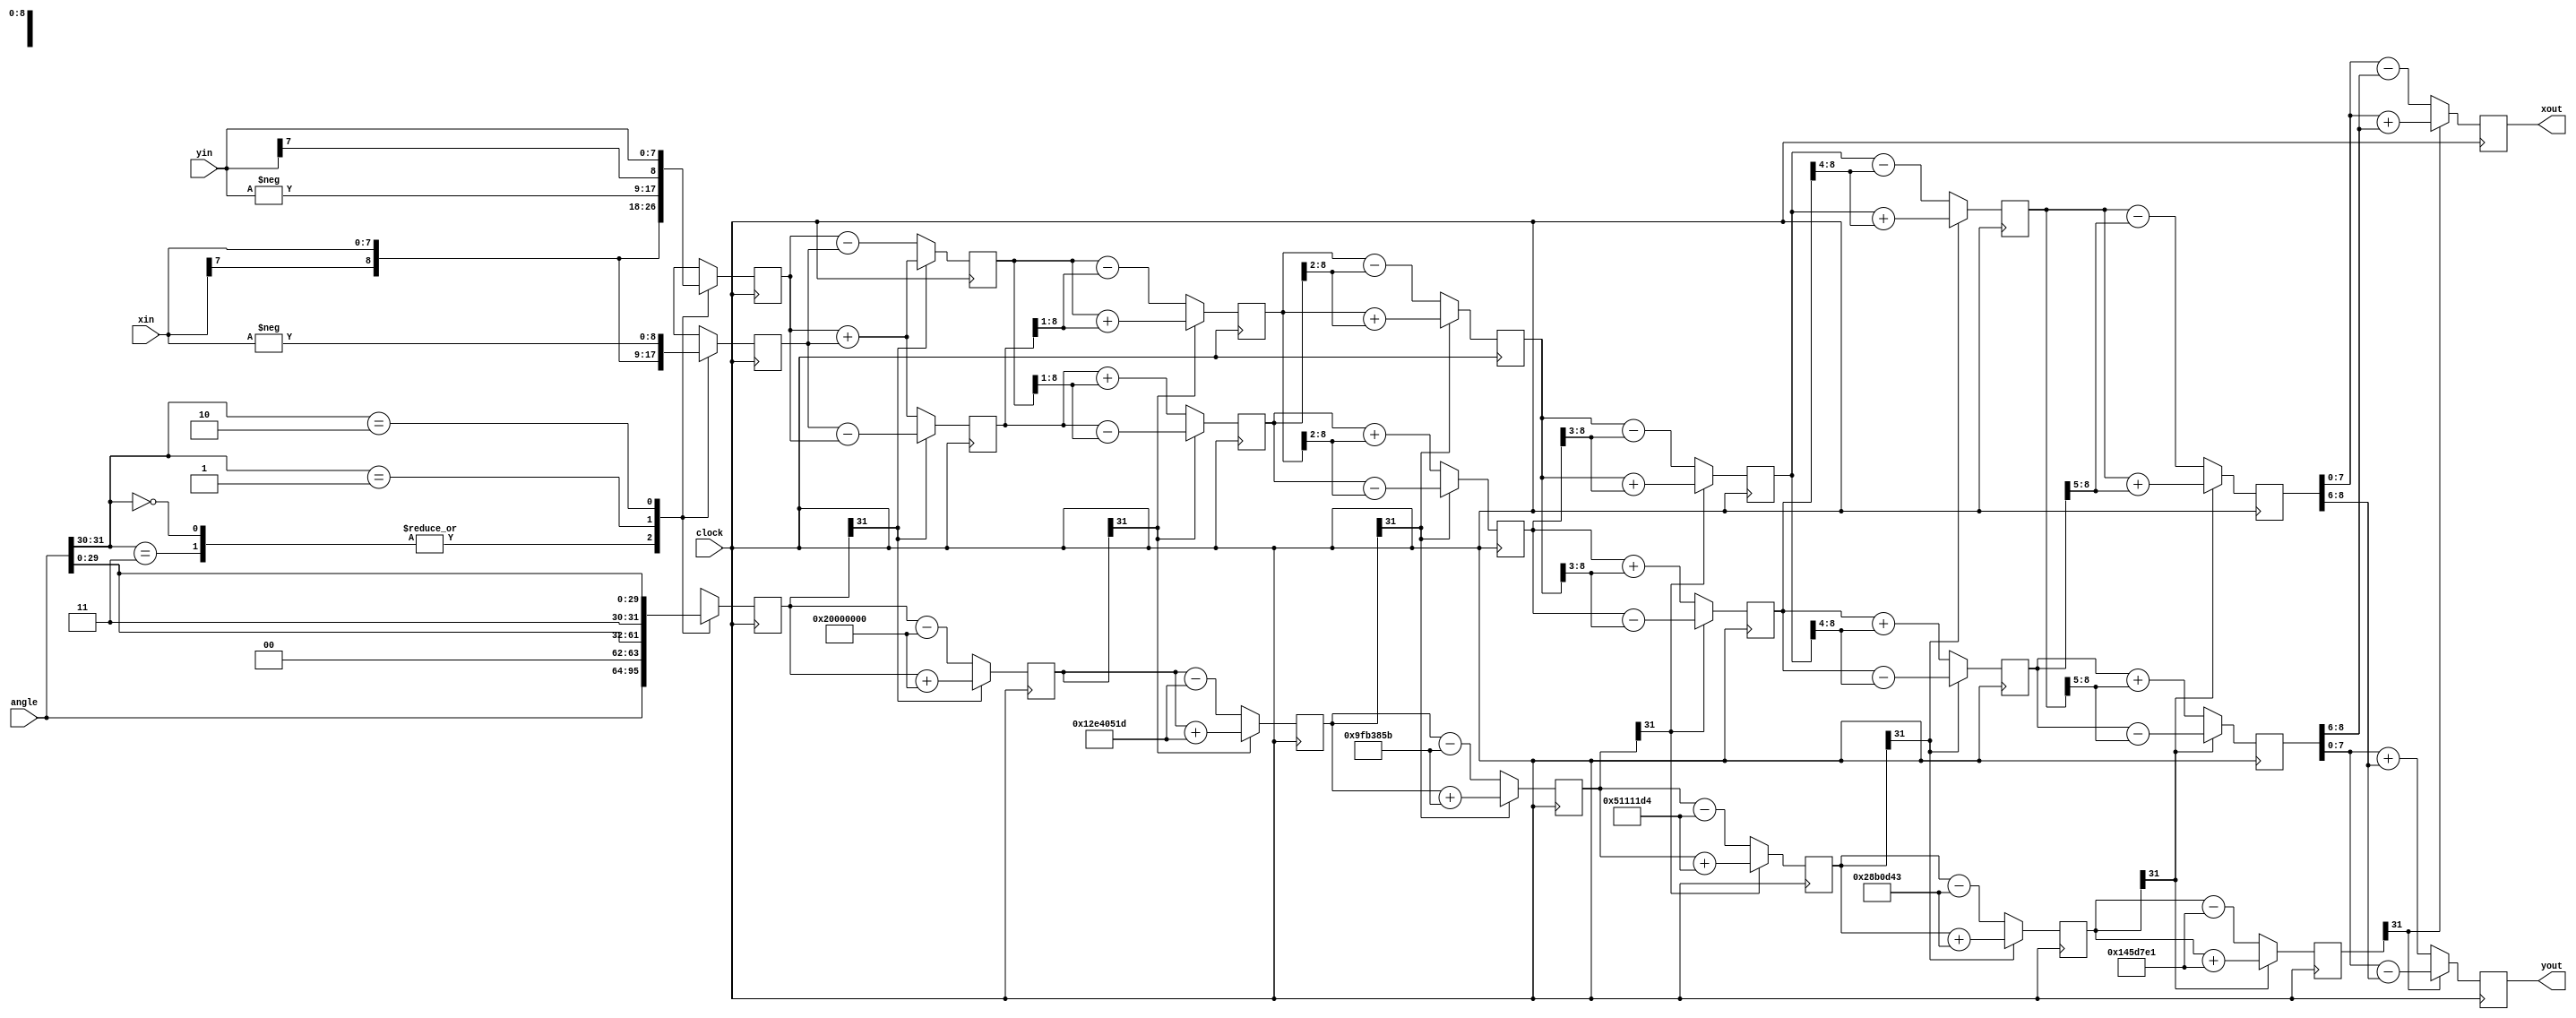
`timescale 1 ns/100 ps


module sublime(clock, angle, xin, yin, xout, yout);

parameter xy_size = 8;
localparam STG = xy_size;

input clock;
input signed [31:0] angle;
input signed [xy_size-1:0] xin;
input signed [xy_size-1:0] yin;
output signed [xy_size-1:0] xout;
output signed [xy_size-1:0] yout;


wire signed [31:0] atan_table [0:30];

	assign atan_table[00] = 32'b00100000000000000000000000000000; // 45.000 degrees -> atan(2^0)
  	assign atan_table[01] = 32'b00010010111001000000010100011101; // 26.565 degrees -> atan(2^-1)
	assign atan_table[02] = 32'b00001001111110110011100001011011; // 14.036 degrees -> atan(2^-2)
	assign atan_table[03] = 32'b00000101000100010001000111010100; // atan(2^-3)
	assign atan_table[04] = 32'b00000010100010110000110101000011;
	assign atan_table[05] = 32'b00000001010001011101011111100001;
	assign atan_table[06] = 32'b00000000101000101111011000011110;
	assign atan_table[07] = 32'b00000000010100010111110001010101;
	assign atan_table[08] = 32'b00000000001010001011111001010011;
/*	
	assign atan_table[09] = 32'b00000000000101000101111100101110;
	assign atan_table[10] = 32'b00000000000010100010111110011000;
	assign atan_table[11] = 32'b00000000000001010001011111001100;
	assign atan_table[12] = 32'b00000000000000101000101111100110;
	assign atan_table[13] = 32'b00000000000000010100010111110011;
	assign atan_table[14] = 32'b00000000000000001010001011111001;
	assign atan_table[15] = 32'b00000000000000000101000101111101;
	assign atan_table[16] = 32'b00000000000000000010100010111110;
	assign atan_table[17] = 32'b00000000000000000001010001011111;
	assign atan_table[18] = 32'b00000000000000000000101000101111;
	assign atan_table[19] = 32'b00000000000000000000010100011000;
	assign atan_table[20] = 32'b00000000000000000000001010001100;
	assign atan_table[21] = 32'b00000000000000000000000101000110;
	assign atan_table[22] = 32'b00000000000000000000000010100011;
	assign atan_table[23] = 32'b00000000000000000000000001010001;
	assign atan_table[24] = 32'b00000000000000000000000000101000;
	assign atan_table[25] = 32'b00000000000000000000000000010100;
	assign atan_table[26] = 32'b00000000000000000000000000001010;
	assign atan_table[27] = 32'b00000000000000000000000000000101;
	assign atan_table[28] = 32'b00000000000000000000000000000010;
	assign atan_table[29] = 32'b00000000000000000000000000000001;
	assign atan_table[30] = 32'b00000000000000000000000000000000;
*/

// --------------- //
//    registers    //
// --------------- //

reg signed [xy_size:0] x [0:STG-1];
reg signed [xy_size:0] y [0:STG-1];
reg signed [31:0] z [0:STG-1];

// ------------------------ //
//          stage 0         //
// ------------------------ //

wire [1:0] quadrant;
assign quadrant = angle[31:30];

always @(posedge clock) 
begin // make sure the rotation angle is in the -pi/2 to pi/2 range. If not then pre-rotate
	case (quadrant)
		2'b00,
		2'b11:
		begin  
			x[0] <= xin;
			y[0] <= yin;
			z[0] <= angle;
		end
		2'b01:
		begin
			x[0] <= -yin;
			y[0] <= xin;
			z[0] <= {2'b00,angle[29:0]}; // sub pi/2 from angle for this quadrant
		end
		2'b10:
		begin
			x[0] <= yin;
			y[0] <= -xin;
			z[0] <= {2'b11,angle[29:0]}; // add pi/2 to angle for this quadrant
		end
	endcase
end

// --------------------------------------------- //
//          generate stages 1 to STG - 1         //
// --------------------------------------------- //
generate
genvar i;
for(i=0; i < (STG-1); i=i+1)
begin: xyz

	wire z_sign;
	wire signed [xy_size:0] x_shr, y_shr;

	assign x_shr = x[i] >>> i; // signed shift right
	assign y_shr = y[i] >>> i;

	assign z_sign = z[i][31];

	always @(posedge clock)
	begin
		// add/sub shifted data
		x[i+1] <= z_sign ? x[i] + y_shr : x[i] - y_shr;
		y[i+1] <= z_sign ? y[i] - x_shr : y[i] + x_shr;
		z[i+1] <= z_sign ? z[i] + atan_table[i] : z[i] - atan_table[i];
	end
end
endgenerate

assign xout = x[STG-1];
assign yout = y[STG-1];

endmodule